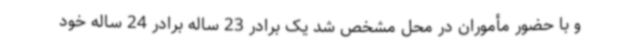
و با حضور مأموران در محل مشخص شد یک برادر 23 ساله برادر 24 ساله خود